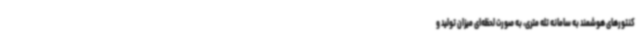
کنتورهای هوشمند به سامانه تله متری، به صورت لحظه‌ای میزان تولید و